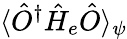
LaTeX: \langle\hat{O}^{\dagger}\hat{H}_{e}\hat{O}\rangle_{\psi}